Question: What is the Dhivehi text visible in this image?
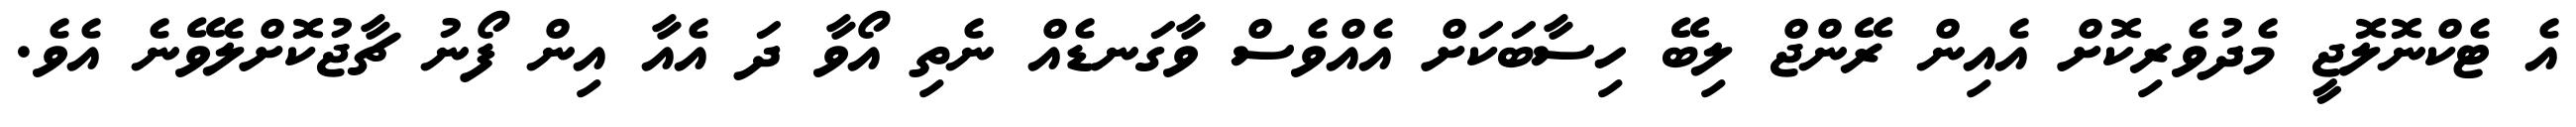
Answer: އެ ޓެކްނޮލޮޖީ މެދުވެރިކޮށް އެއިން ރޭންޖް ލިބޭ ހިސާބަކަށް އެއްވެސް ވާގަނޑެއް ނެތި އޯވާ ދަ އެއާ އިން ފޯނު ޗާޖުކޮށްލެވޭނެ އެވެ.